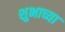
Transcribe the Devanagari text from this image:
शुभाच्या